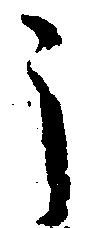
う